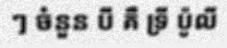
ៗ ចំនួន បី គឺ ទ្រី ប៉ូលី